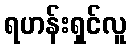
ရဟန်းရှင်လူ